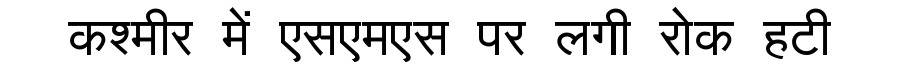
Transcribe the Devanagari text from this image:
कश्मीर में एसएमएस पर लगी रोक हटी